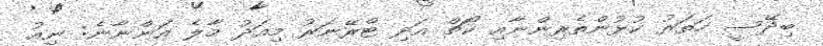
ބިދޭސީ ހަތަރު ކުޅުންތެރިންނާއި ކޯޗް އަދި ޓްރޭނަރު މިއަދު މާލެ އަންނާނެ: ނިއު